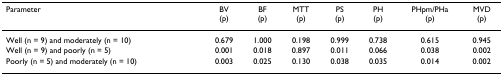
| Parameter | BV (p) | BF (p) | MTT (p) | PS (p) | PH (p) | PHpm/PHa(p) | MVD(p) |
 | --- | --- | --- | --- | --- | --- | --- | --- |
 | Well (n = 9) and moderately (n = 10) | 0.679 | 1.000 | 0.198 | 0.999 | 0.738 | 0.615 | 0.945 |
 | Well (n = 9) and poorly (n = 5) | 0.001 | 0.018 | 0.897 | 0.011 | 0.066 | 0.038 | 0.002 |
 | Poorly (n = 5) and moderately (n = 10) | 0.003 | 0.025 | 0.130 | 0.038 | 0.035 | 0.014 | 0.002 |